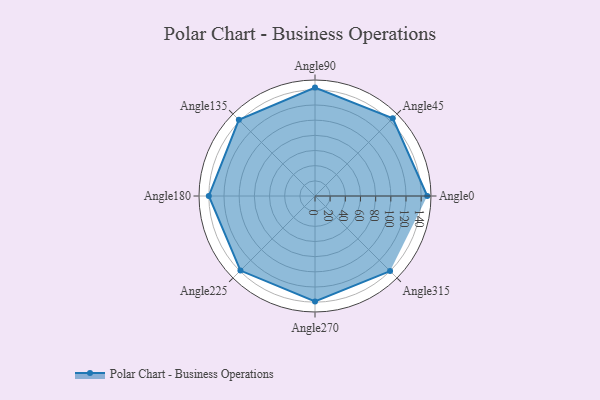
{"axis": {"x": "Angle", "y": "Radius"}, "legend": [""], "data": [{"x": "Angle0", "y": 148.0, "type": ""}, {"x": "Angle45", "y": 145.0, "type": ""}, {"x": "Angle90", "y": 143.0, "type": ""}, {"x": "Angle135", "y": 142.0, "type": ""}, {"x": "Angle180", "y": 140.0, "type": ""}, {"x": "Angle225", "y": 139.0, "type": ""}, {"x": "Angle270", "y": 139.0, "type": ""}, {"x": "Angle315", "y": 140.0, "type": ""}]}